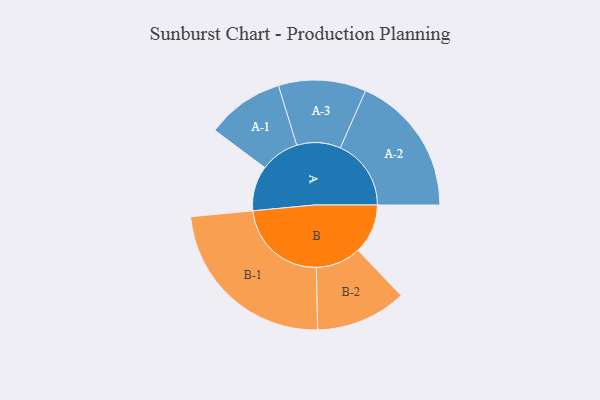
{"axis": {"x": "Segment", "y": "Value"}, "legend": ["", "A", "B"], "data": [{"x": "A", "y": 145, "type": ""}, {"x": "B", "y": 160, "type": ""}, {"x": "A-1", "y": 125, "type": "A"}, {"x": "A-2", "y": 228, "type": "A"}, {"x": "A-3", "y": 141, "type": "A"}, {"x": "B-1", "y": 296, "type": "B"}, {"x": "B-2", "y": 146, "type": "B"}]}